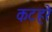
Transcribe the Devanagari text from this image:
कटहरे